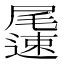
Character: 𨘘